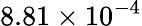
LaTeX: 8.81\times 10^{-4}